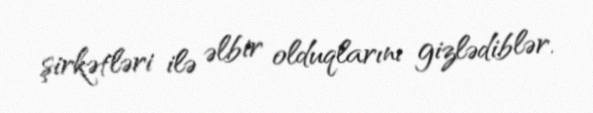
şirkətləri ilə əlbir olduqlarını gizlədiblər.